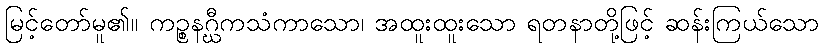
မြင့်တော်မူ၏။ ကဉ္စနဂ္ဃီကသံကာသော၊ အထူးထူးသော ရတနာတို့ဖြင့် ဆန်းကြယ်သော